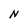
Character: N